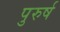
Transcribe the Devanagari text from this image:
पुरुर्ष